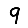
Digit: 9